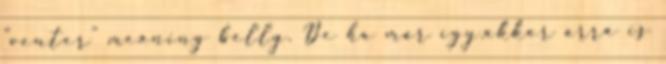
"venter" meaning belly. De ha már így.akkor arra is